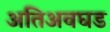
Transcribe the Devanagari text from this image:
अतिअवघड